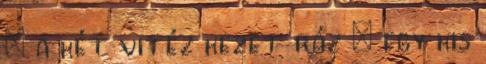
: a két vitéz kezet ráz : egy kis